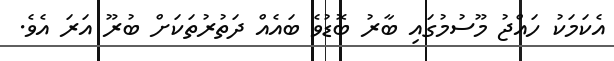
އެކަމަކު ހައްޖު މޫސުމުގައި ބާރު ބޮޑުވެ ބައެއް ދަތުރުތަކަށް ބުރޫ އަރަ އެވެ.